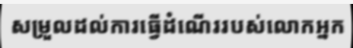
សម្រួលដល់ការធ្វើដំណើររបស់លោកអ្នក